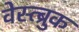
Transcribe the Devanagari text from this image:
वेस्त्ब्रुक